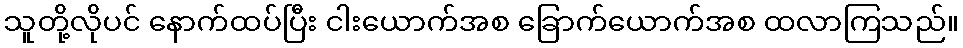
သူတို့လိုပင် နောက်ထပ်ပြီး ငါးယောက်အစ ခြောက်ယောက်အစ ထလာကြသည်။